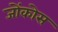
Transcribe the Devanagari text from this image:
जोंकोस